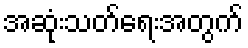
အဆုံးသတ်ရေးအတွက်